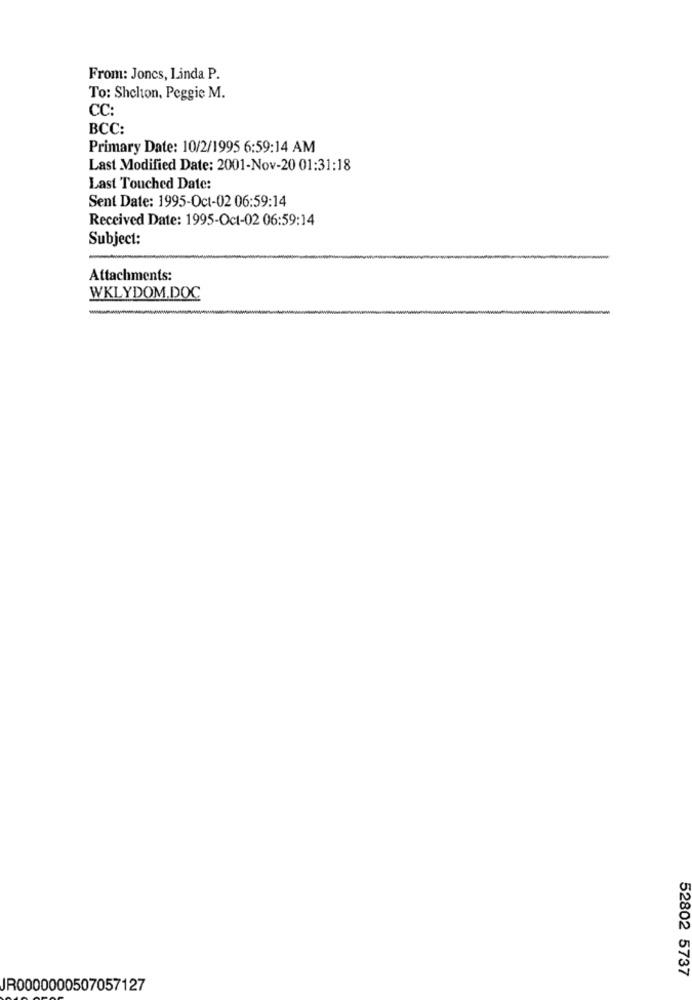
From: Jones, Linda P.
To: Shelton, Peggie M.
CC:
BCC:
Primary Date: 10/2/1995 6:59:14 AM
Last Modified Date: 2001-Nov-20 01:31:18
Last Touched Date:
Sent Date: 1995-Oct-02 06:59:14
Received Date: 1995-Oct-02 06:59:14
Subject:
Attachments:
WKLYDOM.DOC
-
52802 5737
JR0000000507057127